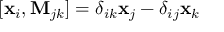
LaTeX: [ { \bf { x } } _ { i } , { \bf { M } } _ { j k } ] = \delta _ { i k } { \bf { x } } _ { j } - \delta _ { i j } { \bf { x } } _ { k }